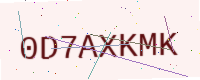
Text: 0D7AXKMK